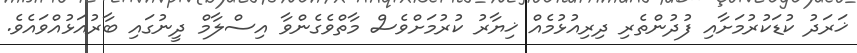
ޚަރަދު ކުޑަކުރުމަށާއި ފުދުންތެރި ދިރިއުޅުމެއް ޚިޔާރު ކުރުމަށްވެސް މާތްވެގެންވާ އިސްލާމް ދީނުގައި ބާރުއަޅުއްވައެވެ.